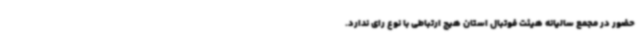
حضور در مجمع سالیانه هیئت فوتبال استان هیچ ارتباطی با نوع رای ندارد.